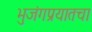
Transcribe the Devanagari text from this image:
भुजंगप्रयातचा